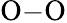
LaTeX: \mathrm{O}{-}\mathrm{O}